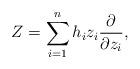
LaTeX: \begin{align*}Z=\sum_{i=1}^{n}h_{i}z_{i}\frac{\partial}{\partial z_{i}},\end{align*}